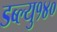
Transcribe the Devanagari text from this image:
डब्ल्यु१४०